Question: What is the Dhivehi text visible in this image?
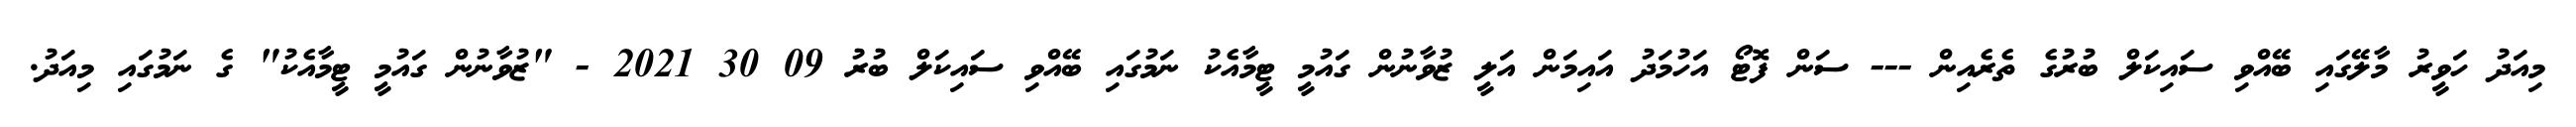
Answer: މިއަދު ހަވީރު މާލޭގައި ބޭއްވި ސައިކަލް ބުރުގެ ތެރެއިން --- ސަން ފޮޓޯ އަހުމަދު އައިމަން އަލީ ޒުވާނުން ގައުމީ ޓީމާއެކު ނަމުގައި ބޭއްވި ސައިކަލް ބުރު 09 30 2021 - "ޒުވާނުން ގައުމީ ޓީމާއެކު" ގެ ނަމުގައި މިއަދު.